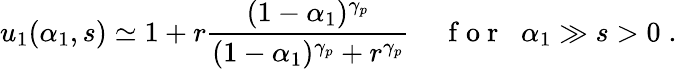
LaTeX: u_{1}(\alpha_{1},s)\simeq 1+r\frac{(1-\alpha_{1})^{\gamma_{p}}}{(1-\alpha_{1})^{\gamma_{p}}+r^{\gamma_{p}}}\; \; \; \; {\mathrm{~f~o~r~}}\; \; \alpha_{1}\gg s>0\; .